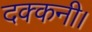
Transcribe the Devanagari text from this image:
दक्कनी।